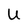
Character: U